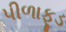
પીળાફૂડ